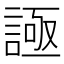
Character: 𧩦